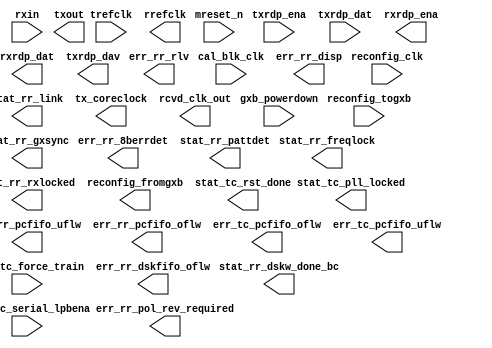
// Generated by SerialLite II 14.1 [Altera, IP Toolbench 1.3.0 Build 190]
// ************************************************************
// THIS IS A WIZARD-GENERATED FILE. DO NOT EDIT THIS FILE!
// ************************************************************
// Copyright (C) 1991-2015 Altera Corporation
// Any megafunction design, and related net list (encrypted or decrypted),
// support information, device programming or simulation file, and any other
// associated documentation or information provided by Altera or a partner
// under Altera's Megafunction Partnership Program may be used only to
// program PLD devices (but not masked PLD devices) from Altera.  Any other
// use of such megafunction design, net list, support information, device
// programming or simulation file, or any other related documentation or
// information is prohibited for any other purpose, including, but not
// limited to modification, reverse engineering, de-compiling, or use with
// any other silicon devices, unless such use is explicitly licensed under
// a separate agreement with Altera or a megafunction partner.  Title to
// the intellectual property, including patents, copyrights, trademarks,
// trade secrets, or maskworks, embodied in any such megafunction design,
// net list, support information, device programming or simulation file, or
// any other related documentation or information provided by Altera or a
// megafunction partner, remains with Altera, the megafunction partner, or
// their respective licensors.  No other licenses, including any licenses
// needed under any third party's intellectual property, are provided herein.

module four_lane_seriallite_and_phy (
	rxin,
	ctrl_tc_force_train,
	trefclk,
	cal_blk_clk,
	gxb_powerdown,
	mreset_n,
	txrdp_ena,
	txrdp_dat,
	ctrl_tc_serial_lpbena,
	reconfig_clk,
	reconfig_togxb,
	rrefclk,
	stat_rr_link,
	txout,
	stat_tc_pll_locked,
	tx_coreclock,
	rcvd_clk_out,
	err_rr_8berrdet,
	err_rr_disp,
	err_rr_pcfifo_uflw,
	err_rr_pcfifo_oflw,
	err_rr_rlv,
	stat_rr_gxsync,
	stat_rr_freqlock,
	stat_rr_rxlocked,
	stat_rr_pattdet,
	rxrdp_ena,
	rxrdp_dat,
	err_tc_pcfifo_oflw,
	err_tc_pcfifo_uflw,
	txrdp_dav,
	reconfig_fromgxb,
	stat_tc_rst_done,
	err_rr_pol_rev_required,
	err_rr_dskfifo_oflw,
	stat_rr_dskw_done_bc);

	input	[3:0]	rxin;
	input		ctrl_tc_force_train;
	input		trefclk;
	input		cal_blk_clk;
	input		gxb_powerdown;
	input		mreset_n;
	input		txrdp_ena;
	input	[127:0]	txrdp_dat;
	input		ctrl_tc_serial_lpbena;
	input		reconfig_clk;
	input	[3:0]	reconfig_togxb;
	output		rrefclk;
	output		stat_rr_link;
	output	[3:0]	txout;
	output		stat_tc_pll_locked;
	output		tx_coreclock;
	output	[3:0]	rcvd_clk_out;
	output	[15:0]	err_rr_8berrdet;
	output	[15:0]	err_rr_disp;
	output	[3:0]	err_rr_pcfifo_uflw;
	output	[3:0]	err_rr_pcfifo_oflw;
	output	[3:0]	err_rr_rlv;
	output	[15:0]	stat_rr_gxsync;
	output	[3:0]	stat_rr_freqlock;
	output	[3:0]	stat_rr_rxlocked;
	output	[15:0]	stat_rr_pattdet;
	output		rxrdp_ena;
	output	[127:0]	rxrdp_dat;
	output	[3:0]	err_tc_pcfifo_oflw;
	output	[3:0]	err_tc_pcfifo_uflw;
	output		txrdp_dav;
	output	[16:0]	reconfig_fromgxb;
	output		stat_tc_rst_done;
	output	[3:0]	err_rr_pol_rev_required;
	output		err_rr_dskfifo_oflw;
	output		stat_rr_dskw_done_bc;
endmodule